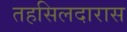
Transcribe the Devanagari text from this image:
तहसिलदारास